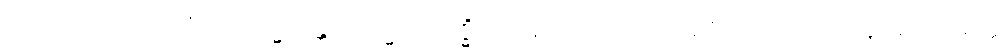
အဝသေသလောကံ။ သဗြဟ္မကန္တိ ဗြဟ္မေဟိ သဒ္ဓိံ အဝသေသလောကံ။ ဧဝံ သဗ္ဗေပိ တိဘဝူပဂေ သတ္တေ